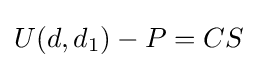
U(d,d_{1})-P=CS